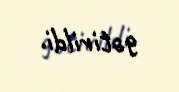
gətirildi.